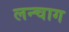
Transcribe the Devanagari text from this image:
लन्चाग